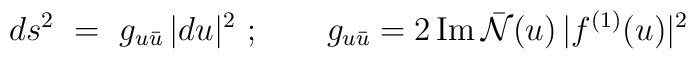
ds^2~=~g_{u{\bar u}} \, |du|^2 \ ;\qquad g_{u{\bar u}}=2 \, {\rm Im}\, {\bar {\cal N}}(u) \, |f^{(1)}(u)|^2\\